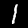
Digit: 1